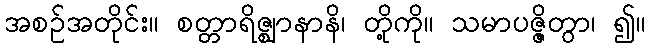
အစဉ်အတိုင်း။ စတ္တာရိဇ္ဈာနာနိ၊ တို့ကို။ သမာပဇ္ဇိတွာ၊ ၍။